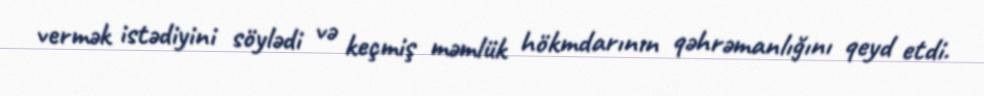
vermək istədiyini söylədi və keçmiş məmlük hökmdarının qəhrəmanlığını qeyd etdi.